Vaccination in Bombay 1874-1876 - 1874-1876
Year: 1874
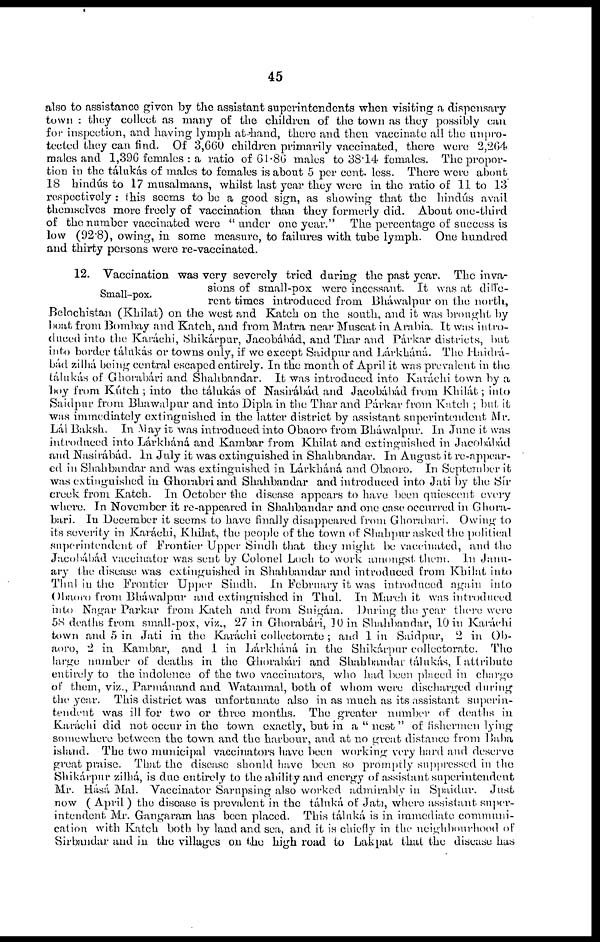
45
also to assistance given by the assistant superintendents when visiting a dispensary
town : they collect as many of the children of the town as they possibly can
for inspection, and having lymph at hand, there and then vaccinate all the unpro-
tected they can find. Of 3,660 children primarily vaccinated, there were 2,264
males and 1,396 females : a ratio of 61.86 males to 38.14 females. The propor-
tion in the tálukás of males to females is about 5 per cent. less. There were about
18 hindus to 17 musalmans, whilst last year they were in the ratio of 11 to 13
respectively : this seems to be a good sign, as showing that the hindús avail
themselves more freely of vaccination than they formerly did. About one-third
of the number vaccinated were " under one year." The percentage of success is
low (92.8), owing, in some measure, to failures with tube lymph. One hundred
and thirty persons were re-vaccinated.
Small-pox.
12. Vaccination was very severely tried during the past year. The inva-
sions of small-pox were incessant. It was at diffe¬
rent times introduced from Bháwalpur on the north,
Belochistan (Khilat) on the west and Katch on the south, and it was brought by
boat from Bombay and Katch, and from. Matra near Muscat in Arabia. It was intro-
duced into the Karáchi, Shikárpur, Jacobábád, and Thar and Párkar districts, but
into border tálukás or towns only, if we except Saidpur and Lárkháná. The Haidrá¬
bád zilhá being central escaped entirely. In the month of April it was prevalent in the
tálukás of Ghorabári and Shahbandar. It was introduced into Karáchi town by a
boy from Kútch ; into the tálukás of Nasirábád and Jacobábád from Khilát; into
Saidpur from Bhawalpur and into Dipla in the Thar and Párkar from Katch ; but it
was immediately extinguished in the latter district by assistant superintendent Mr.
Lál Baksh. In May it was introduced into Obaoro from Bháwalpur. In June it was
introduced into Lárkháná and Kambar from Khilat and extinguished in Jacobábád
and Nasirábád. In July it was extinguished in Shahbandar. In August it re-appear-
ed in Shahbandar and was extinguished in Lárkháná and Obaoro. In September it
was extinguished in Ghorabri and Shahbandar and introduced into Jati by the Sír
creek from Katch. In October the disease appears to have been quiescent every
where. In November it re-appeared in Shahbandar and one case occurred in Ghora¬
bari. In December it seems to have finally disappeared from Ghorabari. Owing to
its severity in Karáchi, Khilat, the people of the town of Shahpur asked the political
superintendent of Frontier Upper Sindh that they might be vaccinated, and the
Jacobábád vaccinator was sent by Colonel Loch to work amongst them. In Janu-
ary the disease was extinguished in Shahbandar and introduced from Khilat into
Thul in the Frontier Upper Sindh. In February it was introduced again into
Obaoro from Bháwalpur and extinguished in Thul. In March it was introduced
into Nagar Parkar from Katch and from Suigám. During the year there were
58 deaths from small-pox, viz., 27 in Ghorabari, 10 in Shahbandar, 10 in Karáchi
town and 5 in Jati in the Karáchi collectorate; and 1 in Saidpur, 2 in Ob-
aoro, 2 in Kambar, and I in Lárkháná in the Shikárpur collectorate. The
large number of deaths in the Ghorabári and Shahbandar tálukás, I attribute
entirely to the indolence of the two vaccinators, who had been placed in charge
of them, viz., Parmánand and Watanmal, both of whom were discharged during
the year. This district was unfortunate also in as much as its assistant superin-
tendent was ill for two or three months. The greater number of deaths in
Karáchi did not occur in the town exactly, but in a " nest " of fishermen lying
somewhere between the town and the harbour, and at no great distance from Baba
island. The two municipal vaccinators have been working very hard and deserve
great praise. That the disease should have been so promptly suppressed in the
Shikárpur zilhá, is due entirely to the ability and energy of assistant superintendent
Mr. Hásá Mal. Vaccinator Sarupsing also worked admirably in Spaidur. Just
now ( April ) the disease is prevalent in the táluká of Jati, where assistant super-
intendent Mr. Gangaram has been placed. This táluká is in immediate communi-
cation with Katch both by land and sea, and it is chiefly in the neighbourhood of
Sirbandar and in the villages on the high road to Lakpat that the disease has